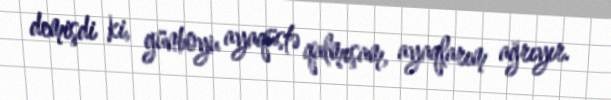
demişdi ki, günboyu ayaqüstə qalmışam, ayaqlarım ağrıyır.